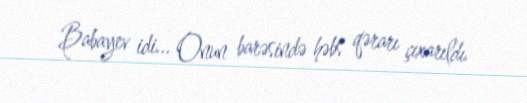
Babayev idi... Onun barəsində həbs qərarı çıxarıldı.